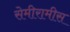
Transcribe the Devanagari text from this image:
सेमीरामीस